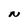
Character: N